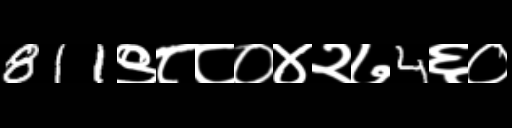
Text: 811९८८०४२७4६०